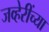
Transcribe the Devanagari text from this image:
जव्हेरींच्या